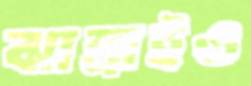
ঝাম্‌রাইও